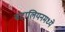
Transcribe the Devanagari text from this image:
बटालियनमध्ये